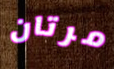
مرتان